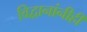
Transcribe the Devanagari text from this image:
विद्वानांनीही